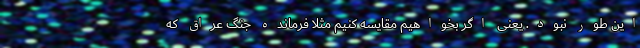
این طور نبود. یعنی اگر بخواهیم مقایسه کنیم مثلا فرمانده جنگ عراق که